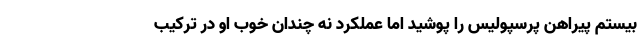
بیستم پیراهن پرسپولیس را پوشید اما عملکرد نه چندان خوب او در ترکیب